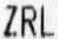
ZRL